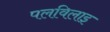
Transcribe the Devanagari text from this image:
पलविलाइ